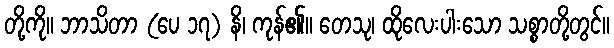
တို့ကို။ ဘာသိတာ (ပေ ၁၇) နိ၊ ကုန်၏။ တေသု၊ ထိုလေးပါးသော သစ္စာတို့တွင်။